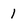
Character: 1